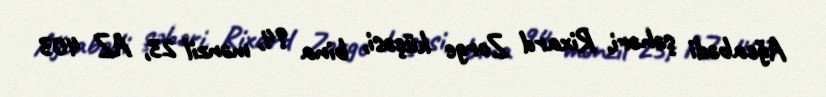
Ağcabədi şəhəri, Rixard Zorge küçəsi, bina 94, mənzil 23, AZ 403